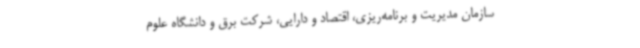
سازمان مدیریت و برنامه‌ریزی، اقتصاد و دارایی، شرکت برق و دانشگاه علوم